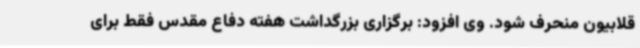
قلابیون منحرف شود. وی افزود: برگزاری بزرگداشت هفته دفاع مقدس فقط برای